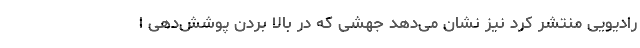
رادیویی منتشر کرد نیز نشان می‌دهد جهشی که در بالا بردن پوشش‌دهی ا